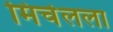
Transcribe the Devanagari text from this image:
मिचेलला